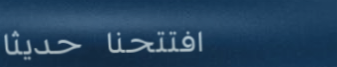
افتتحنا حديثاً